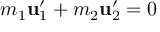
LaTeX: m _ { 1 } \mathbf { u } _ { 1 } ^ { \prime } + m _ { 2 } \mathbf { u } _ { 2 } ^ { \prime } = { \boldsymbol { 0 } }